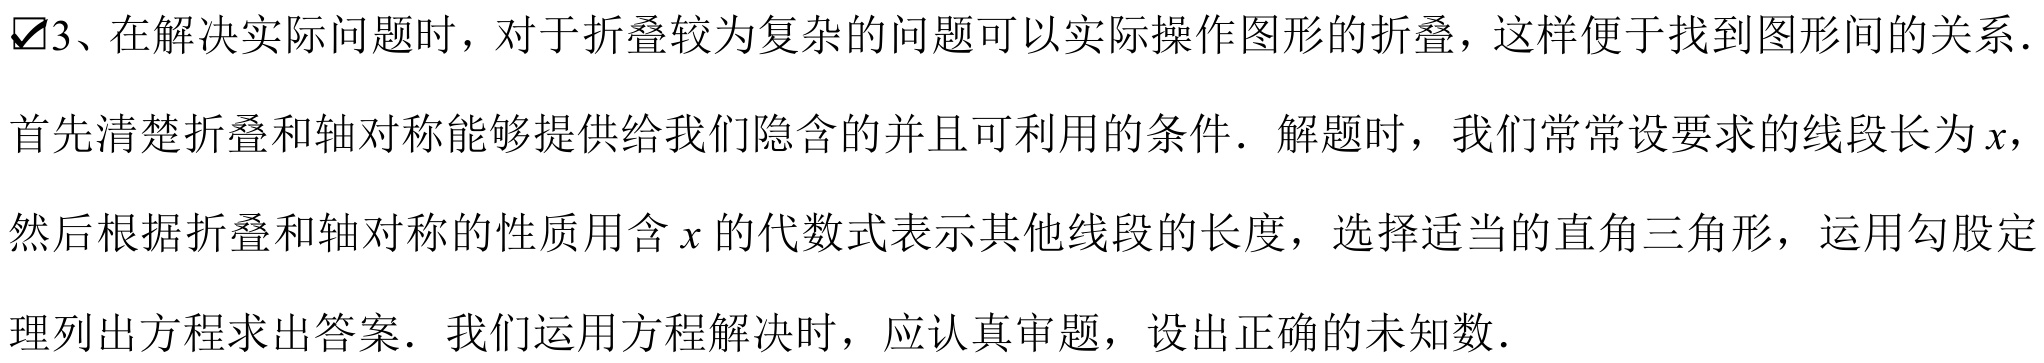
$\boxtimes$3、在解决实际问题时，对于折叠较为复杂的问题可以实际操作图形的折叠，这样便于找到图形间的关系．首先清楚折叠和轴对称能够提供给我们隐含的并且可利用的条件．解题时，我们常常设要求的线段长为\(x\)，然后根据折叠和轴对称的性质用含\(x\)的代数式表示其他线段的长度，选择适当的直角三角形，运用勾股定理列出方程求出答案．我们运用方程解决时，应认真审题，设出正确的未知数．